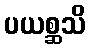
ပယစ္ဆသိ